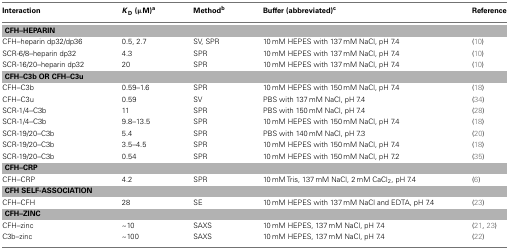
<table><thead><tr><td><b>Interaction</b></td><td><b><i>K</i><sub>D</sub> (μM)<sup>a</sup></b></td><td><b>Method<sup>b</sup></b></td><td><b>Buffer (abbreviated)<sup>c</sup></b></td><td><b>Reference</b></td></tr></thead><tbody><tr><td colspan="5"><b>CFH–HEPARIN</b></td></tr><tr><td>CFH–heparin dp32/dp36</td><td>0.5, 2.7</td><td>SV, SPR</td><td>10 mM HEPES with 137 mM NaCl, pH 7.4</td><td>(10)</td></tr><tr><td>SCR-6/8–heparin dp32</td><td>4.3</td><td>SPR</td><td>10 mM HEPES with 137 mM NaCl, pH 7.4</td><td>(10)</td></tr><tr><td>SCR-16/20–heparin dp32</td><td>20</td><td>SPR</td><td>10 mM HEPES with 137 mM NaCl, pH 7.4</td><td>(10)</td></tr><tr><td colspan="5"><b>CFH–C3b OR CFH–C3u</b></td></tr><tr><td>CFH–C3b</td><td>0.59–1.6</td><td>SPR</td><td>10 mM HEPES with 150 mM NaCl, pH 7.4</td><td>(18)</td></tr><tr><td>CFH–C3u</td><td>0.59</td><td>SV</td><td>PBS with 137 mM NaCl, pH 7.4</td><td>(34)</td></tr><tr><td>SCR-1/4–C3b</td><td>11</td><td>SPR</td><td>PBS with 150 mM NaCl, pH 7.4</td><td>(28)</td></tr><tr><td>SCR-1/4–C3b</td><td>9.8–13.5</td><td>SPR</td><td>10 mM HEPES with 150 mM NaCl, pH 7.4</td><td>(18)</td></tr><tr><td>SCR-19/20–C3b</td><td>5.4</td><td>SPR</td><td>PBS with 140 mM NaCl, pH 7.3</td><td>(20)</td></tr><tr><td>SCR-19/20–C3b</td><td>3.5–4.5</td><td>SPR</td><td>10 mM HEPES with 150 mM NaCl, pH 7.4</td><td>(18)</td></tr><tr><td>SCR-19/20–C3b</td><td>0.54</td><td>SPR</td><td>10 mM HEPES with 150 mM NaCl, pH 7.2</td><td>(35)</td></tr><tr><td colspan="5"><b>CFH–CRP</b></td></tr><tr><td>CFH–CRP</td><td>4.2</td><td>SPR</td><td>10 mM Tris, 137 mM NaCl, 2 mM CaCl<sub>2</sub>, pH 7.4</td><td>(6)</td></tr><tr><td colspan="5"><b>CFH SELF-ASSOCIATION</b></td></tr><tr><td>CFH–CFH</td><td>28</td><td>SE</td><td>10 mM HEPES with 137 mM NaCl and EDTA, pH 7.4</td><td>(23)</td></tr><tr><td colspan="5"><b>CFH–ZINC</b></td></tr><tr><td>CFH–zinc</td><td>~10</td><td>SAXS</td><td>10 mM HEPES, 137 mM NaCl, pH 7.4</td><td>(21, 23)</td></tr><tr><td>C3b–zinc</td><td>~100</td><td>SAXS</td><td>10 mM HEPES, 137 mM NaCl, pH 7.4</td><td>(22)</td></tr></tbody></table>